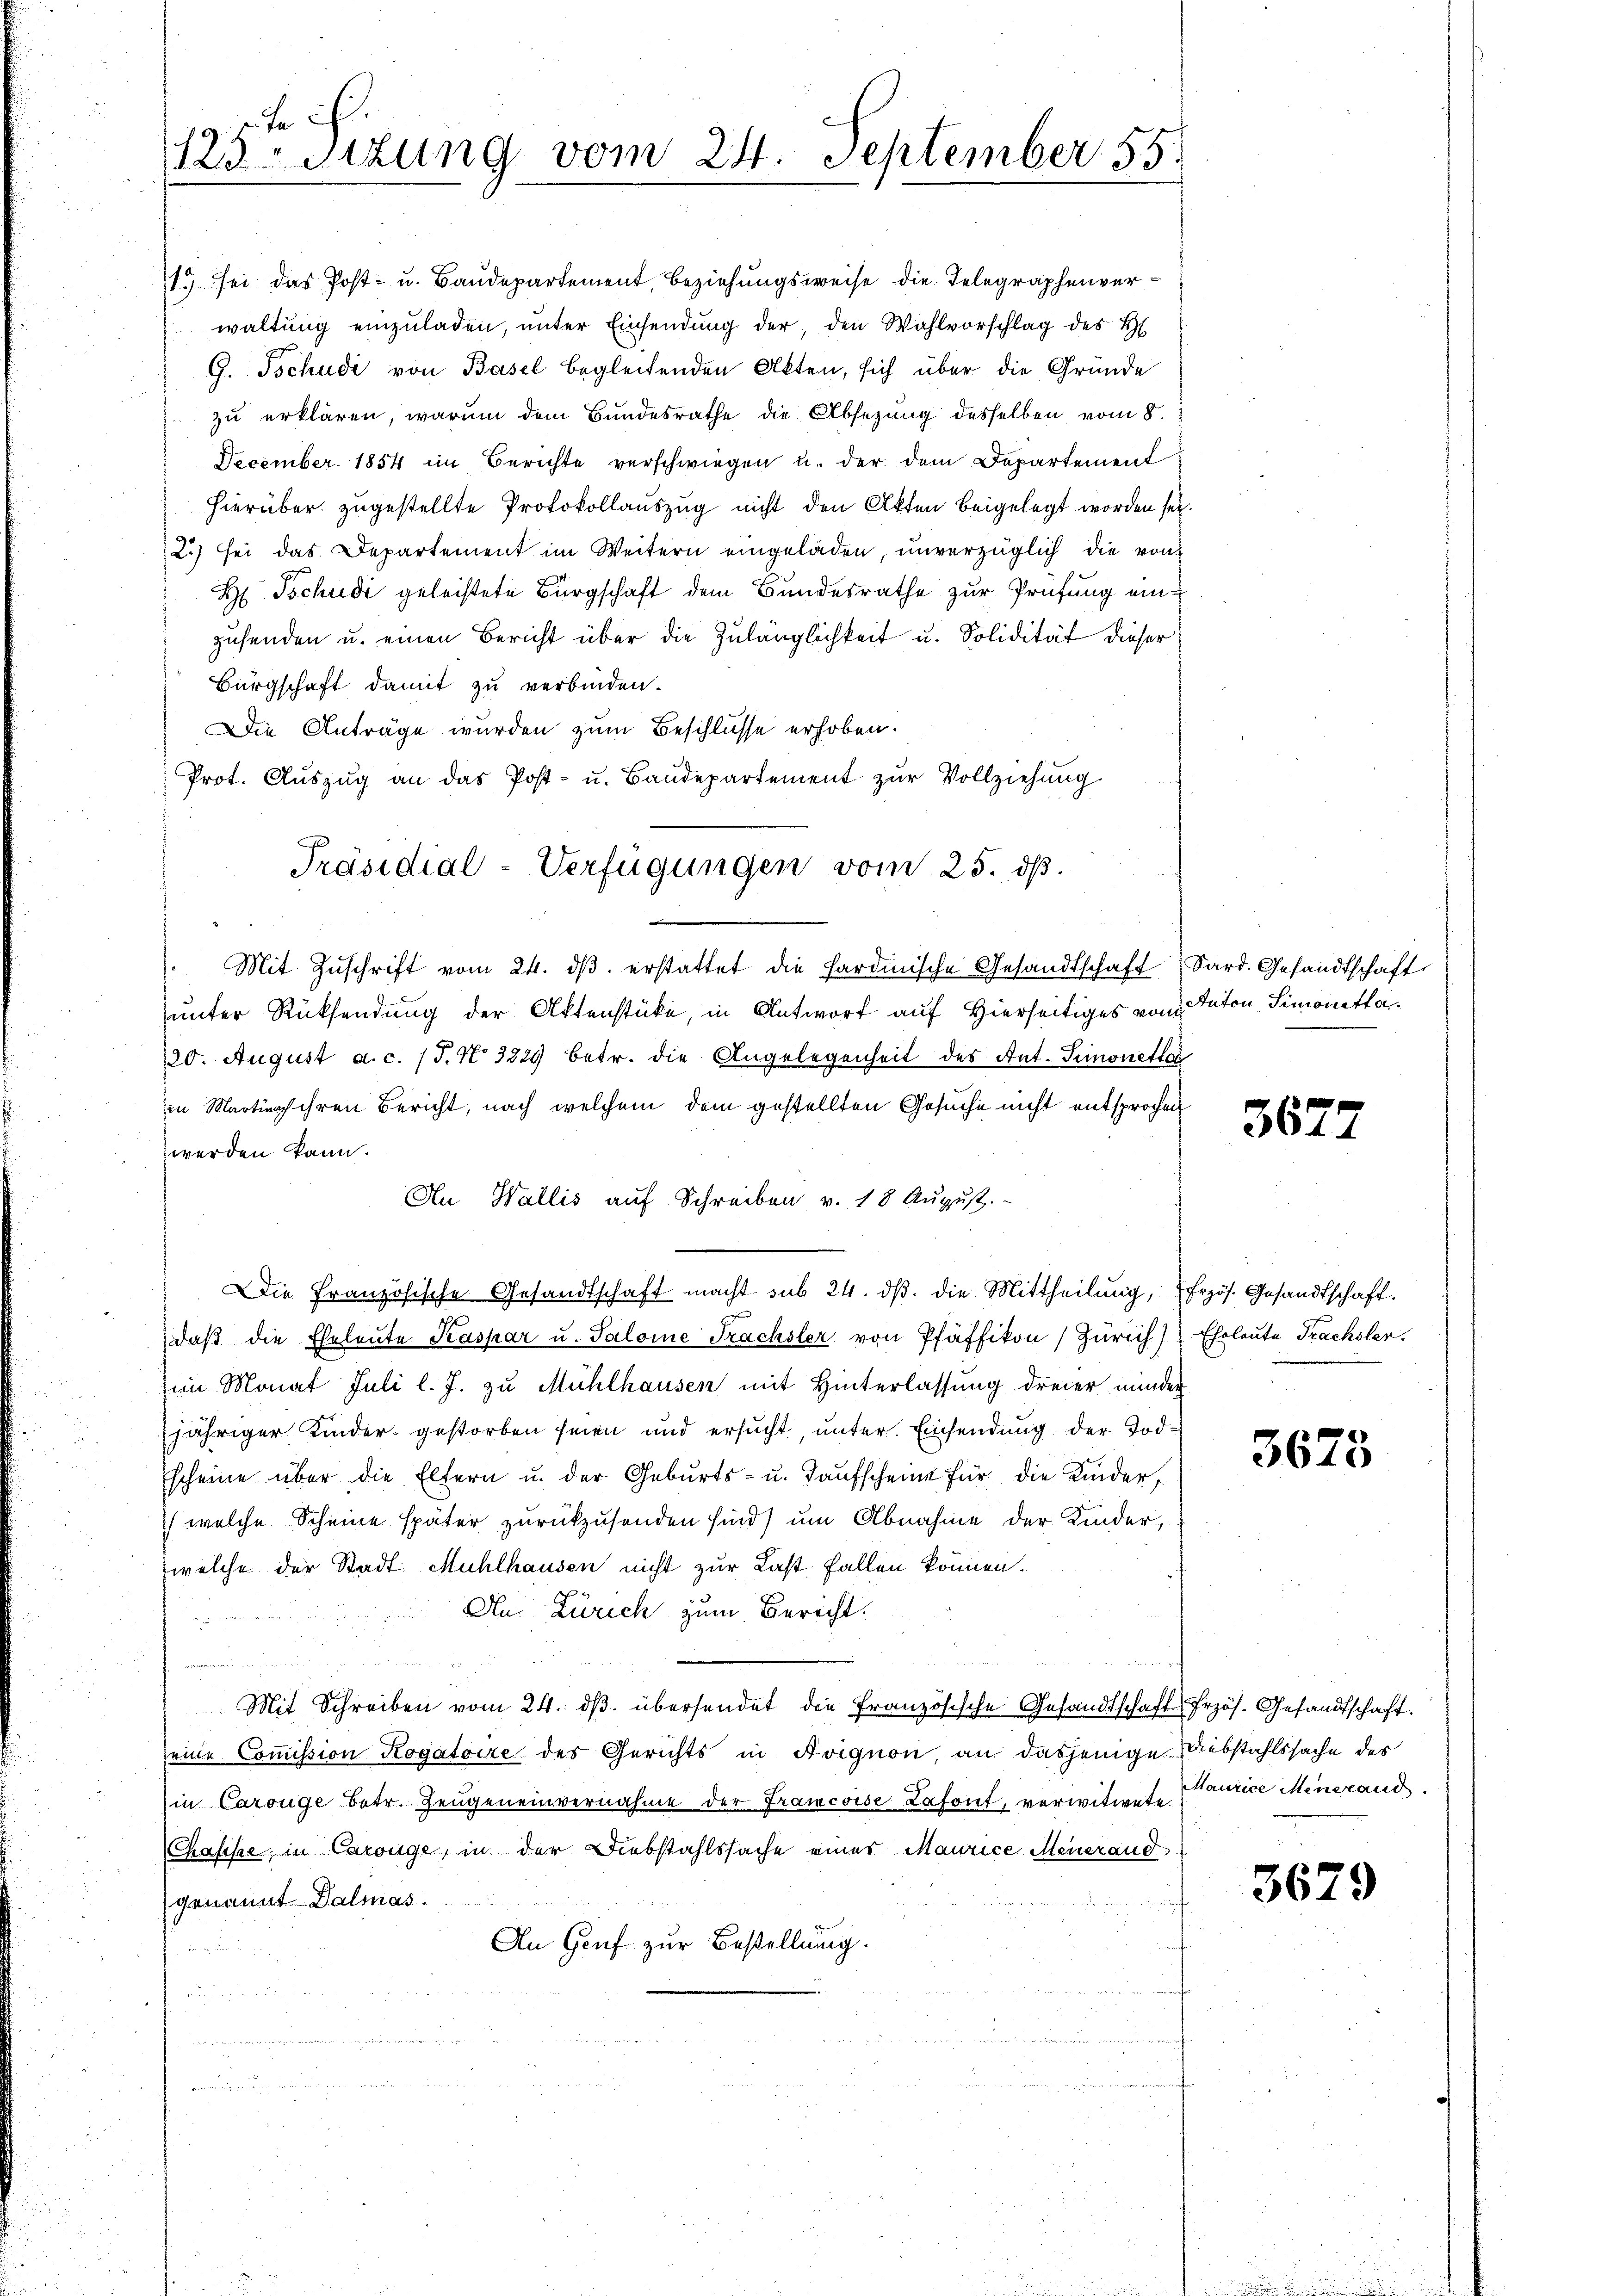
125ten Sizung vom 24. September 55.

1.) sei das Post- u. Baudepartement, Beziehungsweise die Telegraphenverwaltung einzuladen, unter Einsendung der, den Wahlvorschlag des H
G. Tschudi von Basel begleitenden Akten, sich über die Gründe
zu erklären, warum dem Bundesrathe die Absezung desselben vom 8.
December 1854 im Berichte verschwiegen u. der dem Departement
hierüber zugestellte Protokollauszug nicht den Akten beigelegt worden sei.
2.) sei das Departement im Weitern eingeladen, unverzüglich die von
H Tschudi geleistete Bürgschaft dem Bundesrathe zur Prüfung eine
zusenden u. einen Bericht über die Zulänglichkeit u. Solidität dieser
Bürgschaft damit zu verbinden.
Die Anträge wurden zum Beschlüsse erhoben.
Prot. Auszug an das Post- u. Baudepartement zur Vollziehung
" Mit Zŭschrift vom 24. dβ erstattet die Sardinische Gesandtschaft Sard. Gesandtschaft
unter Rücksendung der Aktenstücke, in Antwort auf Hierseitiges von Anton Simonette¬
120. August a.c. (T. N. 3829 betr. die Angelegenheit des Ant. Simonetter
in Martinach ihren Bericht, nach welchem dem gestellten Gesuche nicht entsprochen
werden kann.
Au Wallis aŭf Schreiben v. 18 Aŭgŭst.
Die Französische Gesandtschaft macht sub 24. dβ. die Mittheilŭng, frzös. Gesandtschaft.
daβ die Eheleute Kaspar u. Salome Frachsler von Pfäffikon Zürich) Eheleute Frachsler.
im Monat Juli l. J. zu Mühlhausen mit Hinterlassung dreier minder
jähriger Kinder gestorben seien und ersucht, unter. Einsendung der Todscheine über die Eltern u. der Gebŭrts- u. Kaŭfscheine für die Kinder,
) welche Scheine später zurückzusenden sind) um Abnahme der Kinder,
welche der Stadt Mühlhausen nicht zur Last fallen können.
Au. Zürich zum Bericht.
Mit Schreiben vom 24. dβ übersendet die Französische Gesandtschaft Erzös. Gesandtschaft.
eine Commission Rogatoire des Gerichts in Avignon, an dasjenige Substahlssache des
in Carouge betr. Zeugeneinvernahme der Francoise Lafont, verwitwete
Chasche, in Carouge, in der Diebstahlssache eines Maurice Meieraud
genannt Dalmas.
An Genf zur Bestellung.

Präsidial-Verfügungen vom 25. dß.

367.

3673

Maurice Menerand.

3629